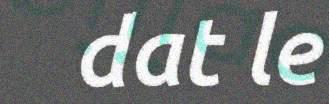
dat le